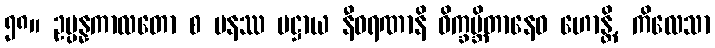
၅၈။ ဥပ္ပန္နကာလတော စ ပနဿ ပဋ္ဌာယ နီဝရဏာနိ ဝိက္ခမ္ဘိတာနေဝ ဟောန္တိ, ကိလေသာ